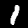
Digit: 1